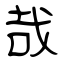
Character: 哉